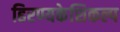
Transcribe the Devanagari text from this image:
हिरण्यकेशिकल्प